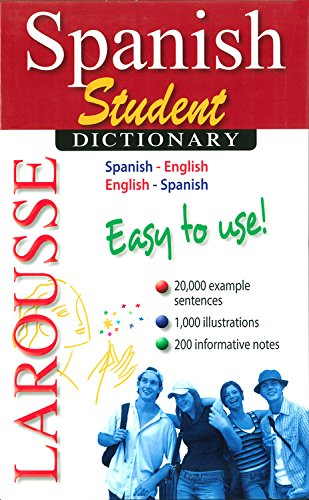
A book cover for Larousse Student Dictionary Spanish-English/English-Spanish (Spanish and English Edition); Larousse; Reference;